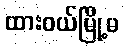
ထားဝယ်မြို့မ